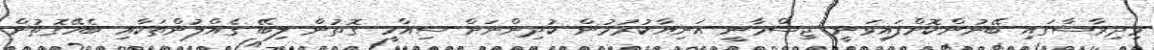
މިދިރާސާގައި ބޭނުންކޮށްފައިވަނީ ޖިސްމާނީ އަނިޔާކުރުމުން ކުދިންނަށް ސިއްހީ ގޮތުން ލިބޭ ގެއްލުންތަކާއި ބެހޭގޮތުން